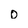
Character: 0